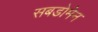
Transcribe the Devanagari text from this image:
सबडोमेन